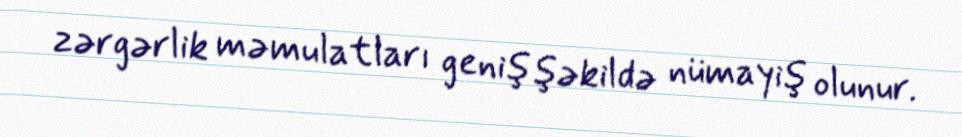
zərgərlik məmulatları geniş şəkildə nümayiş olunur.